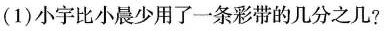
(1)小宇比小晨少用了一条彩带的几分之几？